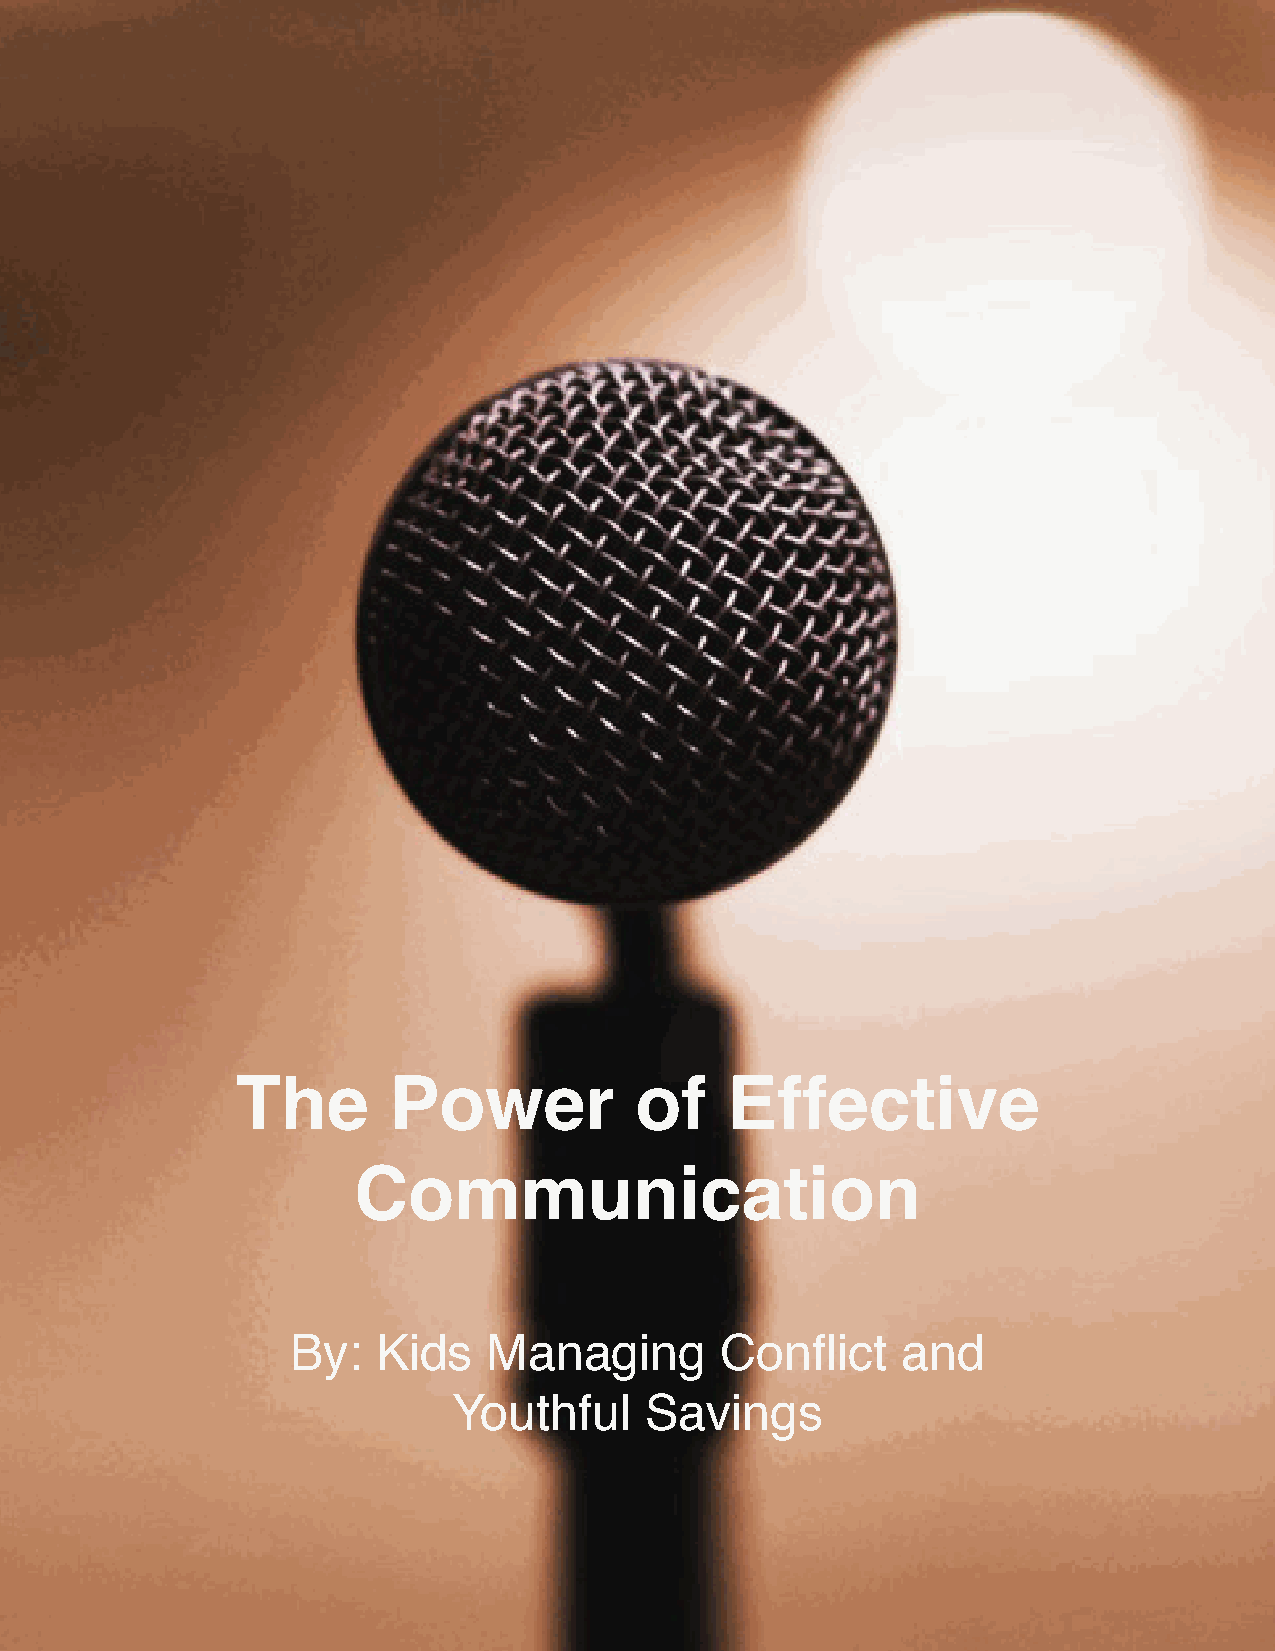
The       Power           of    Effective
 Communication
 By:   Kids   Managing        Conflict    and
 Youthful     Savings